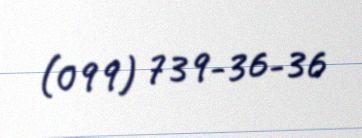
(099) 739-36-36